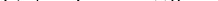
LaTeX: \smash{(V/N)^{1/3}=n_{0}^{-1/3}}